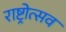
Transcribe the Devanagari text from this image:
राष्ट्रोत्सव